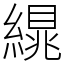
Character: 繉